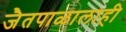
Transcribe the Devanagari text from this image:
जैतपाळालाही